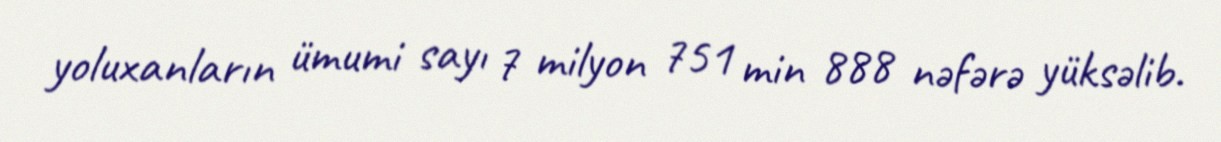
yoluxanların ümumi sayı 7 milyon 751 min 888 nəfərə yüksəlib.